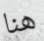
هنا